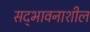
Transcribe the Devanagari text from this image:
सद्‌भावनाशील